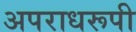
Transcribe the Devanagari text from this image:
अपराधरूपी